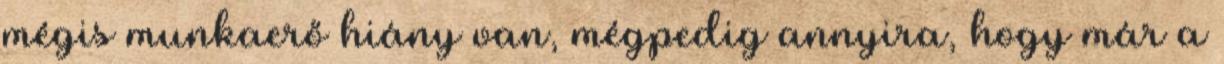
mégis munkaerő hiány van, mégpedig annyira, hogy már a